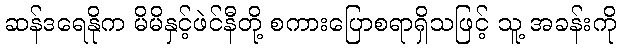
ဆန်ဒရေနိုက မိမိနှင့်ဖဲင်နီတို့ စကားပြောစရာရှိသဖြင့် သူ့ အခန်းကို